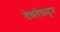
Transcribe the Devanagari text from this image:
देवतेकडून